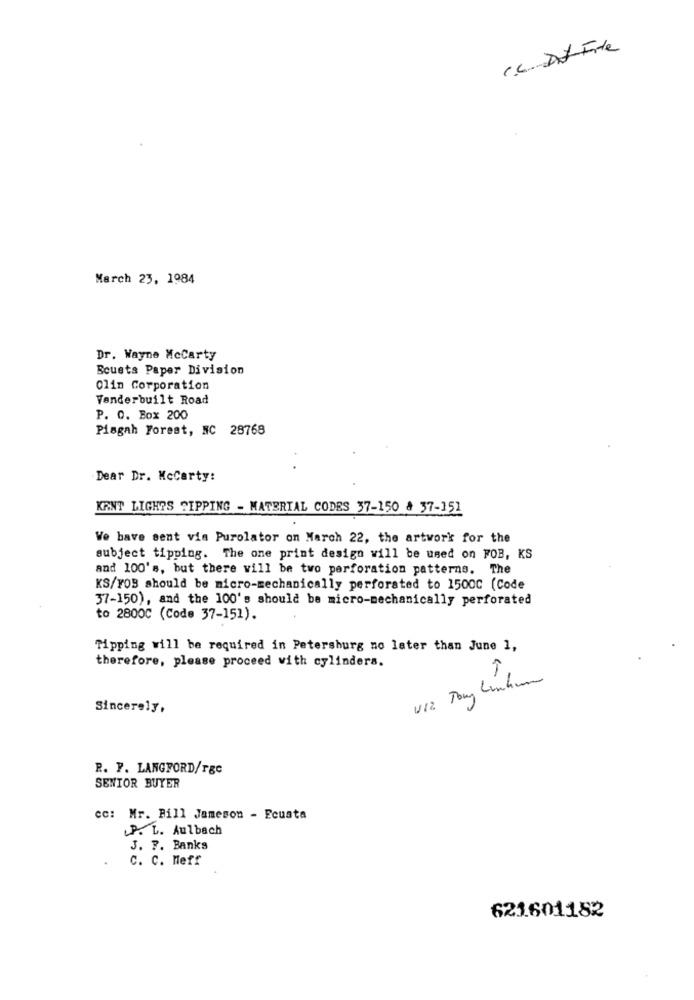
March 23, 1984
Dr. Wayne Mccarty
Bouets Paper Division
Clin Corporation
Venderbuilt Road
P. O. Box 200
Pisgah Forest, NC 28768
Dear Dr. McCarty:
KANT LIGHTS SIPPING - MATERIAL CODES 37-150 & 37-151
Ve bave sent via Purolator on March 22, the artwork for the
subject tipping. The one print design will be used on FOB, KS
and 100's, but there will be two perforation patterns. The
KS/FOS should be micro-mechanically perforated to 1500C (Code
37-150), and the 100's should be micro-mechanically perforated
to 2800C (Code 37-151).
Tipping will be required in Petersburg no later than June 1,
therefore, please proceed with cylinders.
Sincerely,
R. P. LANGFORD/rgc
SENIOR BUYER
cc: Mr. Bill Jameson - Ecuata
P. L. Aulbach
J. 7. Banks
C. C. Meff
621601182